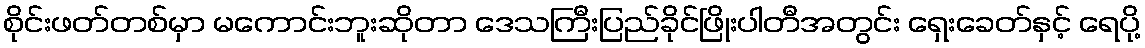
စိုင်းဖတ်တစ်မှာ မကောင်းဘူးဆိုတာ ဒေသကြီးပြည်ခိုင်ဖြိုးပါတီအတွင်း ရှေးခေတ်နှင့် ရေပို့